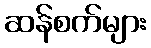
ဆန်စက်များ